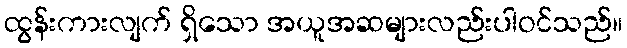
ထွန်းကားလျက် ရှိသော အယူအဆများလည်းပါဝင်သည်။